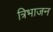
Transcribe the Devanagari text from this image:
त्रिभाजन